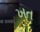
ખત